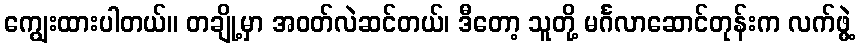
ကျွေးထားပါတယ်။ တချို့မှာ အဝတ်လဲဆင်တယ်၊ ဒီတော့ သူတို့ မင်္ဂလာဆောင်တုန်းက လက်ဖွဲ့